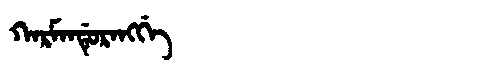
Manchu: ᡴᠠᡵᠮᠠᠨᡩᡠᡵᠠᠩᡤᡝ
Romanization: KARMANDURANGGE